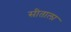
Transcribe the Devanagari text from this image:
सीताला